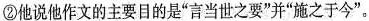
②他说他作文的主要目的是“言当世之要”并“施之于今”。